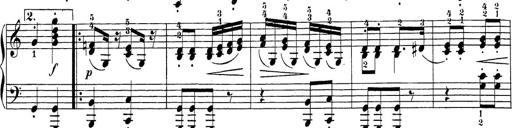
Title: Sonatina Album
Composer: Louis KÃ¶hler